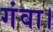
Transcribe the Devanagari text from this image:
गंवा।